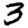
Digit: 3